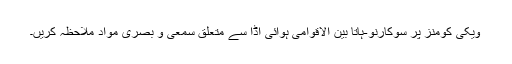
ویکی کومنز پر سوکارنو-ہاتا بین الاقوامی ہوائی اڈا سے متعلق سمعی و بصری مواد ملاحظہ کریں۔